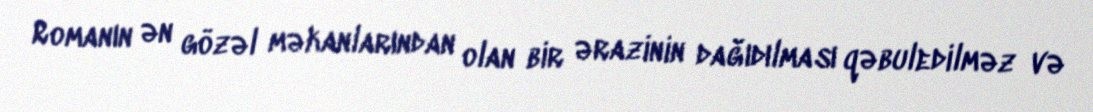
Romanın ən gözəl məkanlarından olan bir ərazinin dağıdılması qəbuledilməz və